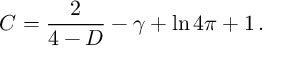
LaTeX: C = \frac { 2 } { 4 - D } - \gamma + \ln 4 \pi + 1 \, .